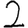
Digit: 2